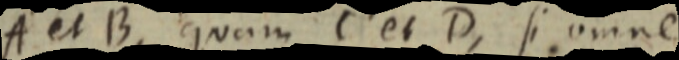
A et B, quam C et D, si omne